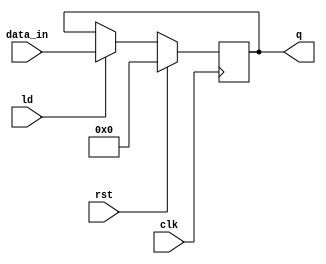
module REG16(
    input clk,
    input rst,
    input ld,
    input [15:0] data_in,
    output reg [15:0] q
);

initial begin
    q = 0;
end

always @(posedge clk) begin
    if(rst) q <= 0;
    else begin
        if(ld) q <= data_in;
        else q <= q;
    end
end

endmodule